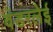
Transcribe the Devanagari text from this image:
वंडरलेई